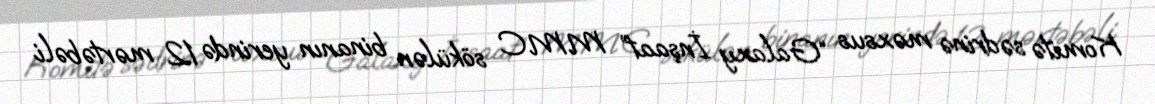
Komitə sədrinə məxsus “Galaxy İnşaat” MMC sökülən binanın yerində 12 mərtəbəli